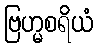
ဗြဟ္မစရိယံ